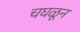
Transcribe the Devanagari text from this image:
चघळून